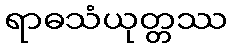
ရာဓသံယုတ္တဿ